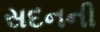
સદનની